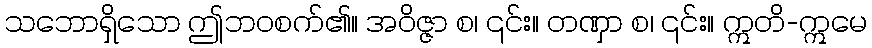
သဘောရှိသော ဤဘဝစက်၏။ အဝိဇ္ဇာ စ၊ ၎င်း။ တဏှာ စ၊ ၎င်း။ ဣတိ-ဣမေ